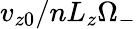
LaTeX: v_{z0}/nL_{z}\Omega_{-}